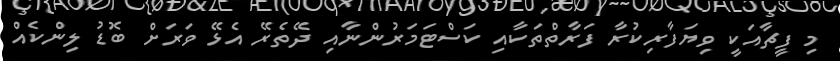
މި ފީޗާއަކީ ވިޔަފާރިކުރާ ފަރާތްތަކާއި ކަސްޓަމަރުންނާއި ދޭތެރޭ އެޅޭ ވަރަށް ބޮޑު ލިންކެއް